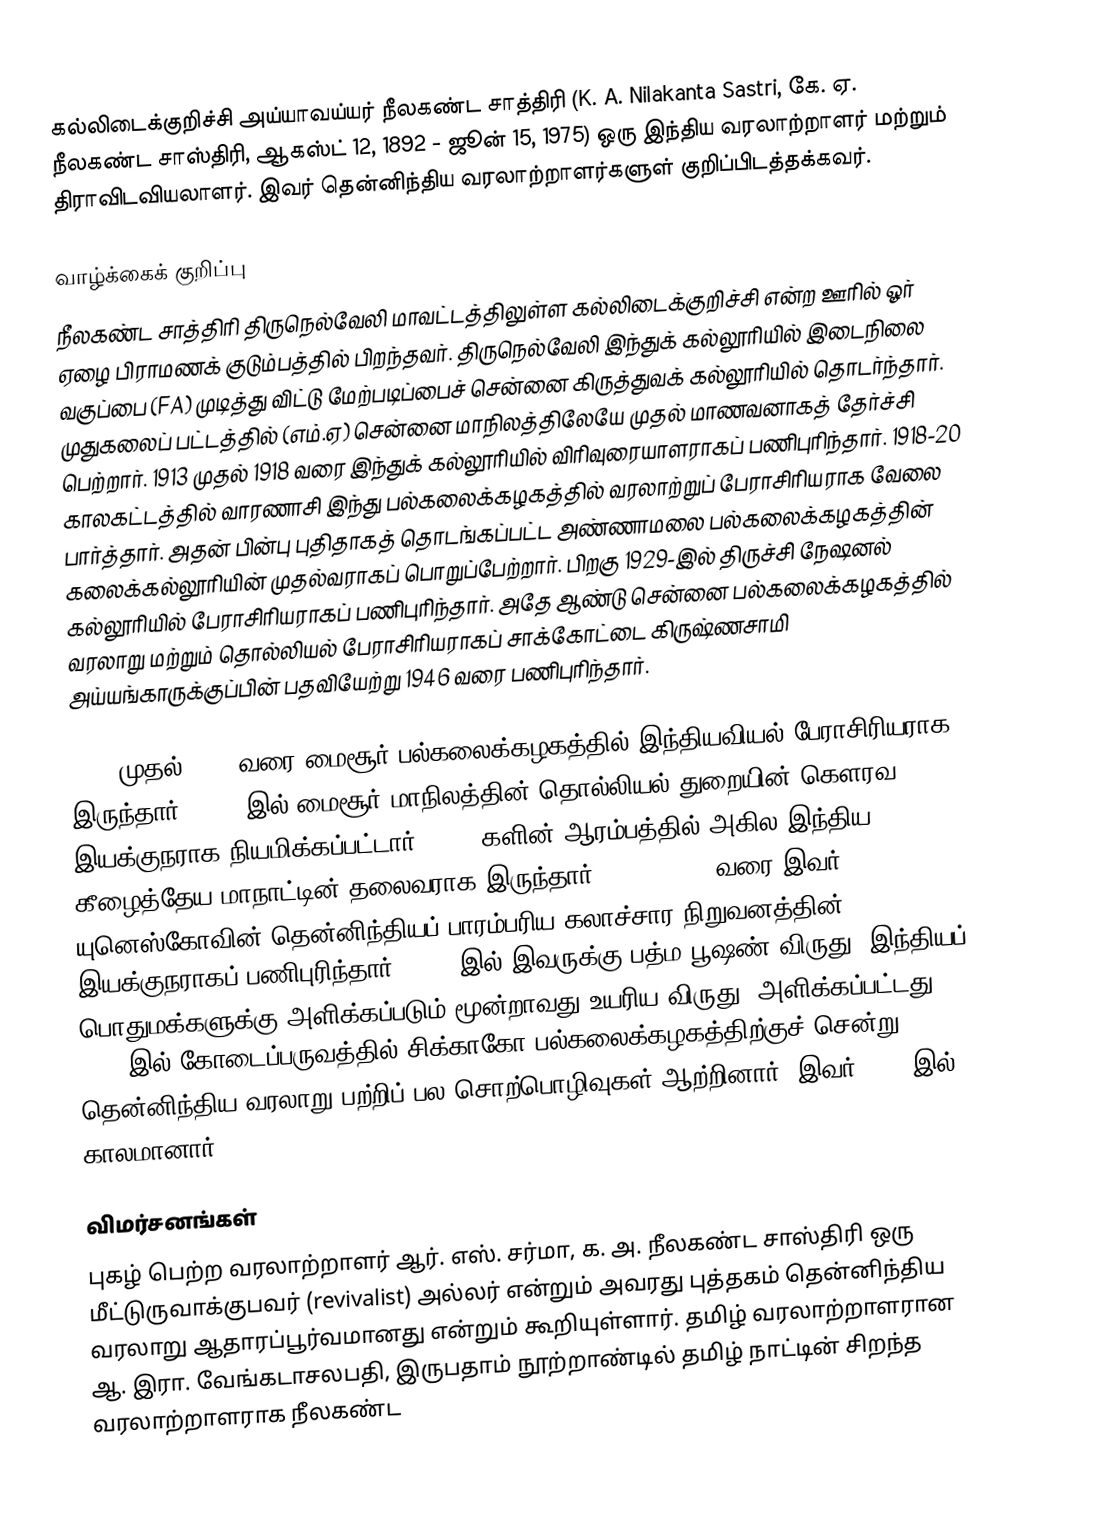
கல்லிடைக்குறிச்சி அய்யாவய்யர் நீலகண்ட சாத்திரி (K. A. Nilakanta Sastri, கே. ஏ. நீலகண்ட சாஸ்திரி, ஆகஸ்ட் 12, 1892  - ஜூன் 15, 1975) ஒரு இந்திய வரலாற்றாளர் மற்றும் திராவிடவியலாளர். இவர் தென்னிந்திய வரலாற்றாளர்களுள் குறிப்பிடத்தக்கவர்.

வாழ்க்கைக் குறிப்பு
நீலகண்ட சாத்திரி திருநெல்வேலி மாவட்டத்திலுள்ள கல்லிடைக்குறிச்சி என்ற ஊரில் ஓர் ஏழை பிராமணக் குடும்பத்தில் பிறந்தவர். திருநெல்வேலி இந்துக் கல்லூரியில் இடைநிலை வகுப்பை (FA) முடித்து விட்டு மேற்படிப்பைச் சென்னை கிருத்துவக் கல்லூரியில் தொடர்ந்தார். முதுகலைப் பட்டத்தில் (எம்.ஏ)  சென்னை மாநிலத்திலேயே முதல் மாணவனாகத் தேர்ச்சி பெற்றார். 1913 முதல் 1918 வரை இந்துக் கல்லூரியில் விரிவுரையாளராகப் பணிபுரிந்தார். 1918-20 காலகட்டத்தில் வாரணாசி இந்து பல்கலைக்கழகத்தில் வரலாற்றுப் பேராசிரியராக வேலை பார்த்தார். அதன் பின்பு புதிதாகத் தொடங்கப்பட்ட அண்ணாமலை பல்கலைக்கழகத்தின் கலைக்கல்லூரியின் முதல்வராகப் பொறுப்பேற்றார். பிறகு 1929-இல் திருச்சி நேஷனல் கல்லூரியில் பேராசிரியராகப் பணிபுரிந்தார். அதே ஆண்டு சென்னை பல்கலைக்கழகத்தில் வரலாறு மற்றும் தொல்லியல் பேராசிரியராகப் சாக்கோட்டை கிருஷ்ணசாமி அய்யங்காருக்குப்பின் பதவியேற்று 1946 வரை பணிபுரிந்தார்.

1952 முதல் 1955 வரை மைசூர் பல்கலைக்கழகத்தில் இந்தியவியல் பேராசிரியராக இருந்தார். 1954-இல் மைசூர் மாநிலத்தின் தொல்லியல் துறையின் கெளரவ இயக்குநராக நியமிக்கப்பட்டார். 1950-களின் ஆரம்பத்தில் அகில இந்திய கீழைத்தேய மாநாட்டின் தலைவராக இருந்தார். 1957 -1972 வரை இவர் யுனெஸ்கோவின் தென்னிந்தியப் பாரம்பரிய கலாச்சார நிறுவனத்தின் இயக்குநராகப் பணிபுரிந்தார். 1957-இல் இவருக்கு பத்ம பூஷண் விருது (இந்தியப் பொதுமக்களுக்கு அளிக்கப்படும் மூன்றாவது உயரிய விருது) அளிக்கப்பட்டது. 1959-இல் கோடைப்பருவத்தில் சிக்காகோ பல்கலைக்கழகத்திற்குச் சென்று தென்னிந்திய வரலாறு பற்றிப் பல சொற்பொழிவுகள் ஆற்றினார். இவர் 1975-இல் காலமானார்.

விமர்சனங்கள்
புகழ் பெற்ற வரலாற்றாளர் ஆர். எஸ். சர்மா, க. அ. நீலகண்ட சாஸ்திரி ஒரு மீட்டுருவாக்குபவர் (revivalist) அல்லர் என்றும் அவரது புத்தகம் தென்னிந்திய வரலாறு ஆதாரப்பூர்வமானது என்றும் கூறியுள்ளார். தமிழ் வரலாற்றாளரான ஆ. இரா. வேங்கடாசலபதி, இருபதாம் நூற்றாண்டில் தமிழ் நாட்டின் சிறந்த வரலாற்றாளராக நீலகண்ட